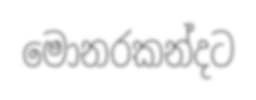
මොනරකන්දට